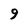
Character: 9